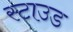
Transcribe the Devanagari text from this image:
स्टाउड